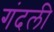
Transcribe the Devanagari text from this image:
गंदली